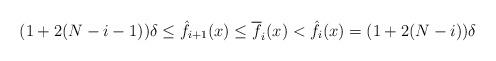
LaTeX: \begin{align*}(1+2(N-i-1))\delta\leq \hat f_{i+1}(x)\leq \overline f_i(x)<\hat f_i(x)=(1+2(N-i))\delta\end{align*}